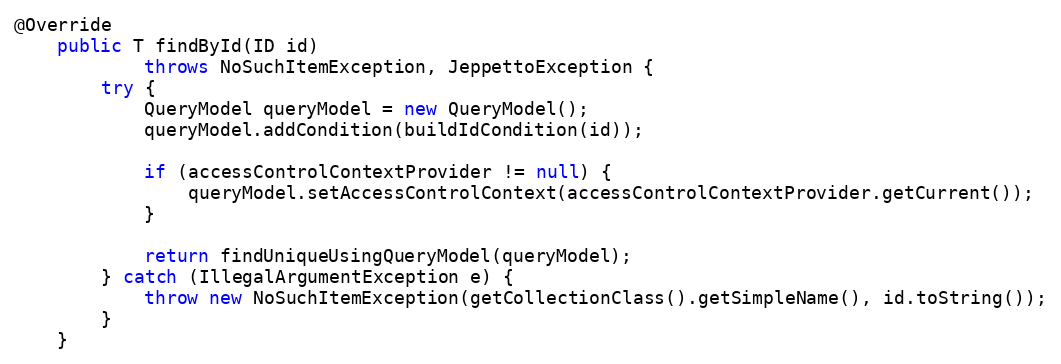
Language: Java
@Override
    public T findById(ID id)
            throws NoSuchItemException, JeppettoException {
        try {
            QueryModel queryModel = new QueryModel();
            queryModel.addCondition(buildIdCondition(id));

            if (accessControlContextProvider != null) {
                queryModel.setAccessControlContext(accessControlContextProvider.getCurrent());
            }

            return findUniqueUsingQueryModel(queryModel);
        } catch (IllegalArgumentException e) {
            throw new NoSuchItemException(getCollectionClass().getSimpleName(), id.toString());
        }
    }